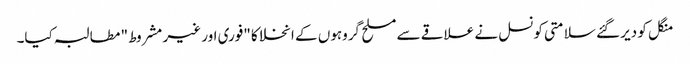
منگل کو دیر گئے سلامتی کونسل نے علاقے سے مسلح گروہوں کے انخلا کا "فوری اور غیر مشروط" مطالبہ کیا۔